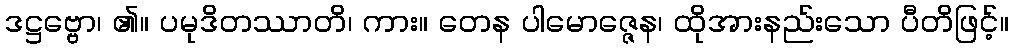
ဒဋ္ဌဗ္ဗော၊ ၏။ ပမုဒိတဿာတိ၊ ကား။ တေန ပါမောဇ္ဇေန၊ ထိုအားနည်းသော ပီတိဖြင့်။